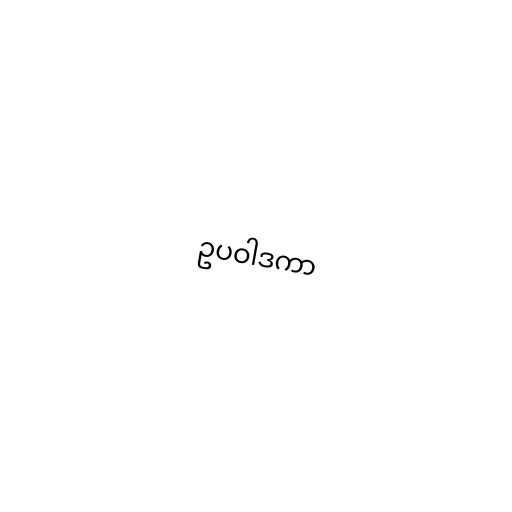
ဥပဝါဒကာ